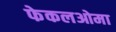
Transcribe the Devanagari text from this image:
फेकलओमा